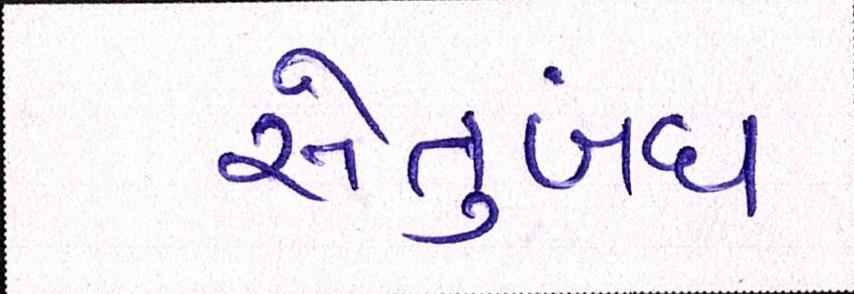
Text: સેતુબંધ